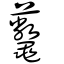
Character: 虌